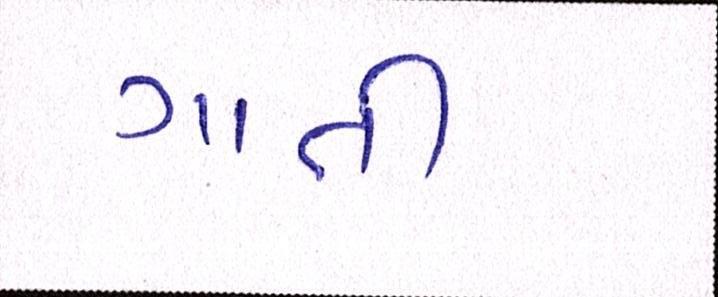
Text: ગાતી